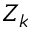
Z _ { k }